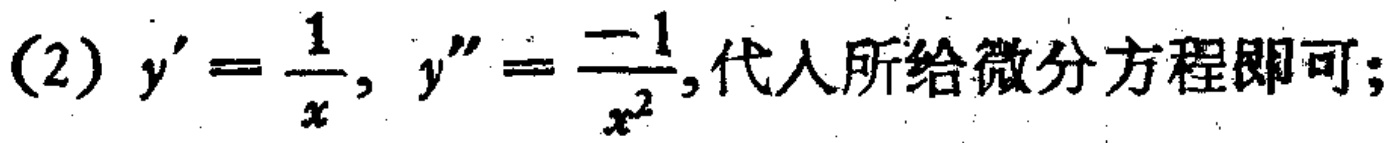
(2) \(y'=\frac{1}{x}, y''=\frac{-1}{x^{2}}\),代入所给微分方程即可;